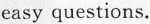
easy questions.